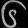
Digit: ၆